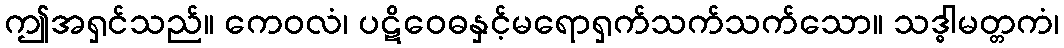
ဤအရှင်သည်။ ကေဝလံ၊ ပဋိဝေဓနှင့်မရောရှက်သက်သက်သော။ သဒ္ဓါမတ္တကံ၊